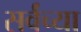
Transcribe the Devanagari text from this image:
सर्वंच्या